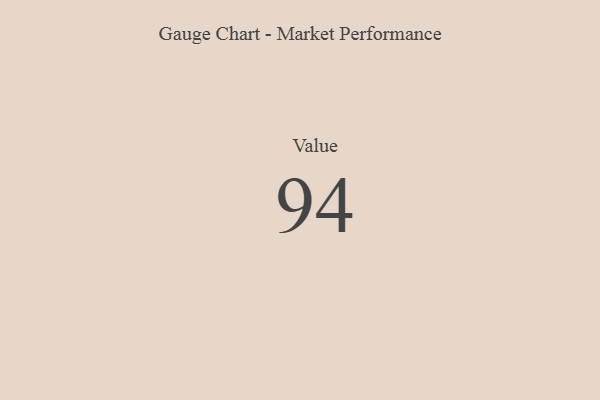
{"axis": {"x": "Metric", "y": "Value"}, "legend": [""], "data": [{"x": "Value", "y": 94, "type": ""}]}